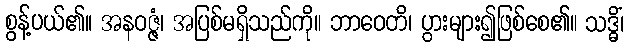
စွန့်ပယ်၏။ အနဝဇ္ဇံ၊ အပြစ်မရှိသည်ကို။ ဘာဝေတိ၊ ပွားများ၍ဖြစ်စေ၏။ သဒ္ဓိံ၊